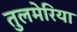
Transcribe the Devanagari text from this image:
तुलमेरिया